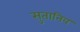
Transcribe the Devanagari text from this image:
सुतानिव